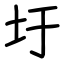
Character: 圩